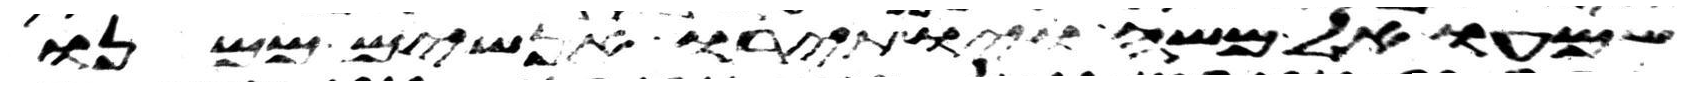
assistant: שמעו אל משה ויותירו אנשים ממנו